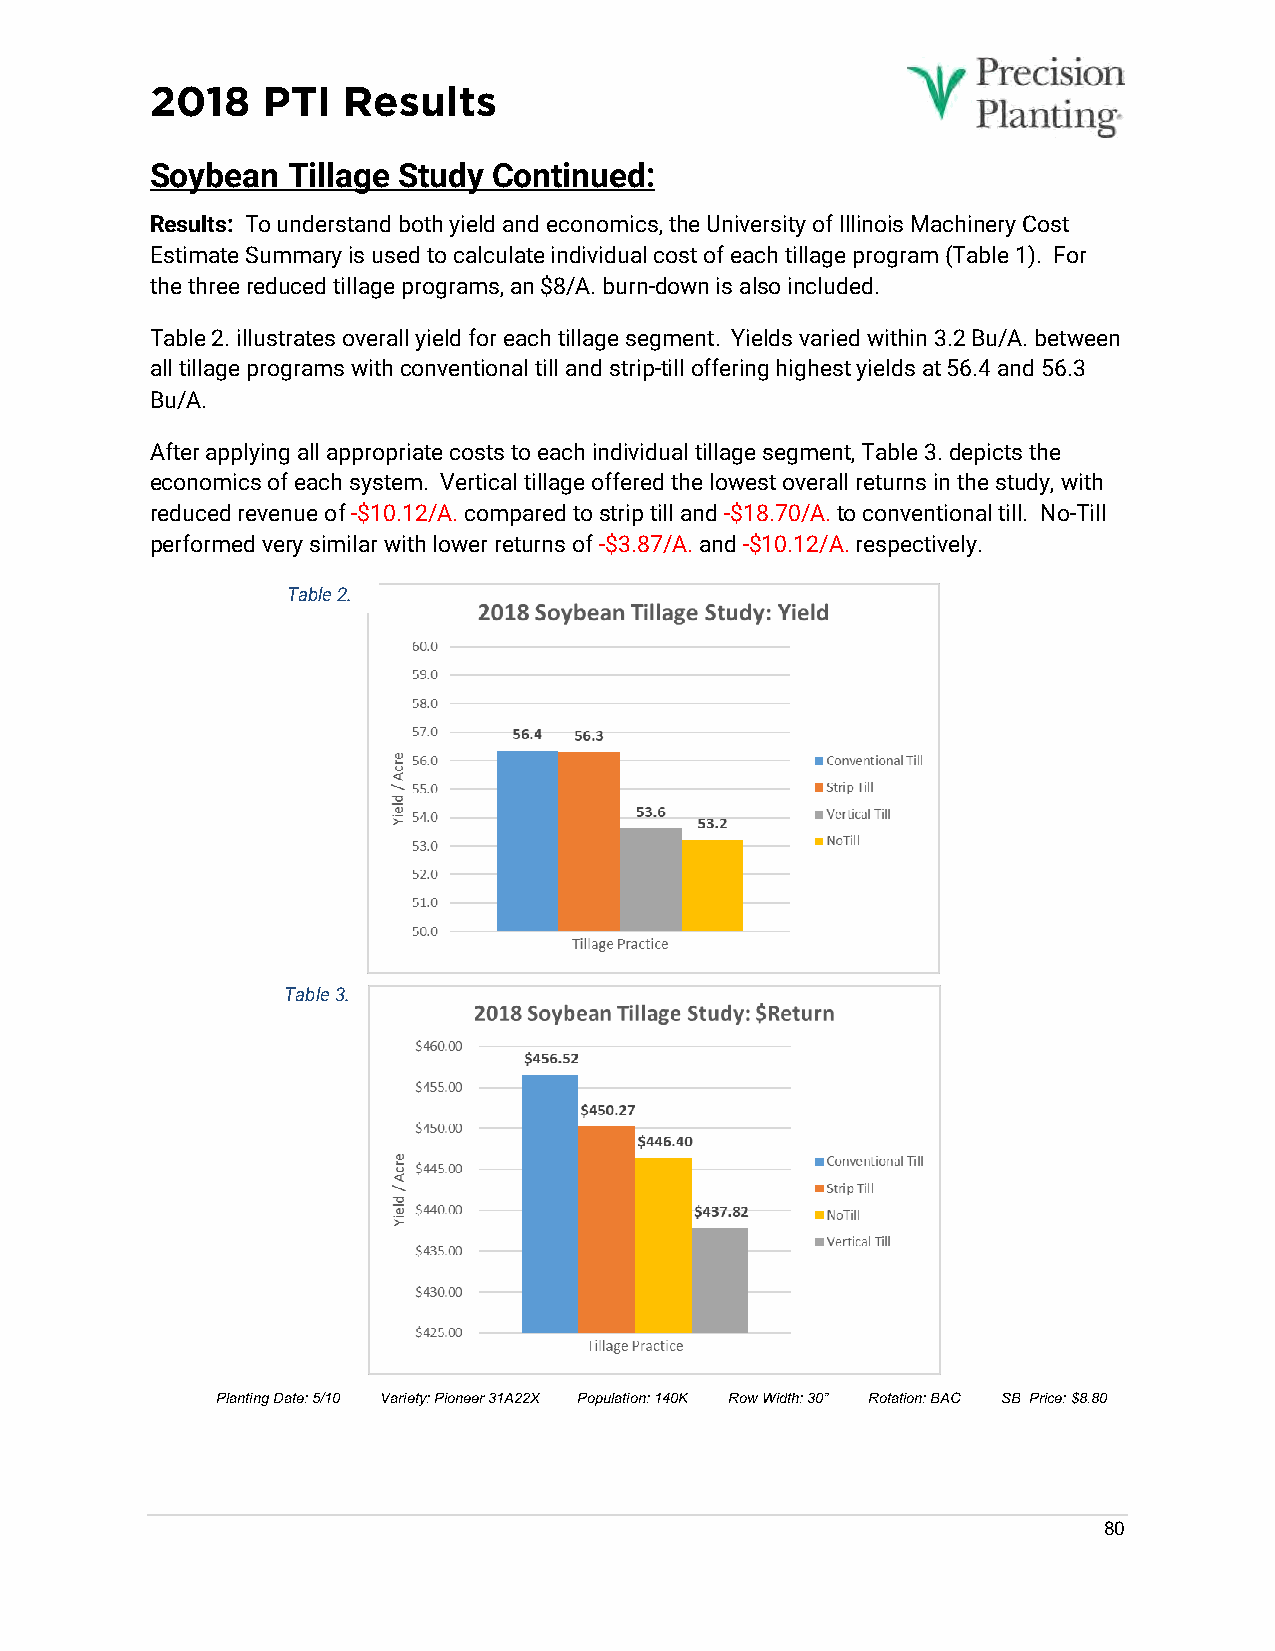
2018   PTI   Results
 Soybean  Tillage Study Continued:
 Results: To understand both yield and economics, the University of Illinois Machinery Cost
 Estimate Summary is used to calculate individual cost of each tillage program (Table 1). For
 the three reduced tillage programs, an $8/A. burn-down is also included.
 Table 2. illustrates overall yield for each tillage segment. Yields varied within 3.2 Bu/A. between
 all tillage programs with conventional till and strip-till offering highest yields at 56.4 and 56.3
 Bu/A.
 After applying all appropriate costs to each individual tillage segment, Table 3. depicts the
 economics of each system. Vertical tillage offered the lowest overall returns in the study, with
 reduced revenue of -$10.12/A. compared to strip till and -$18.70/A. to conventional till. No-Till
 performed very similar with lower returns of -$3.87/A. and -$10.12/A. respectively.
 Table 2.
 Table 3.
 Table 3
 Planting Date: 5/10 Variety: Pioneer 31A22X Population: 140K Row Width: 30” Rotation: BAC SB Price: $8.80
 80